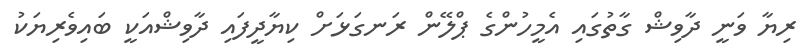
ރިޔާ ވަނީ ދާވިޝް ގާތުގައި އެމީހުންގެ ޕްލޭން ރަނގަޅަށް ކިޔާދީފައި ދާވިޝްއަކީ ބައިވެރިޔަކު